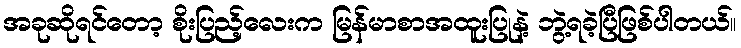
အခုဆိုရင်တော့ စိုးပြည့်လေးက မြန်မာစာအထူးပြုနဲ့ ဘွဲ့ရခဲ့ပြီဖြစ်ပါတယ်။